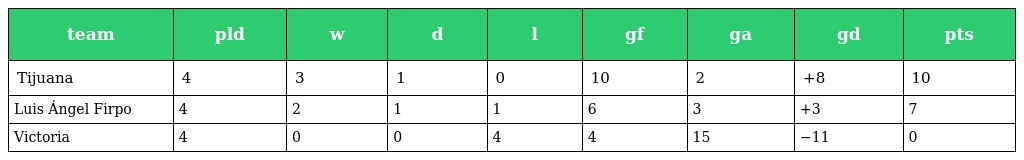
| team | pld | w | d | l | gf | ga | gd | pts |
 | --- | --- | --- | --- | --- | --- | --- | --- | --- |
 | Tijuana | 4 | 3 | 1 | 0 | 10 | 2 | +8 | 10 |
 | Luis Ángel Firpo | 4 | 2 | 1 | 1 | 6 | 3 | +3 | 7 |
 | Victoria | 4 | 0 | 0 | 4 | 4 | 15 | −11 | 0 |